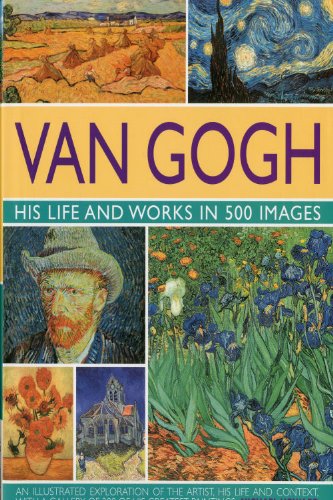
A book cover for Van Gogh: His Life & Works in 500 Images; Michael Howard; Arts & Photography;